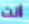
أانت